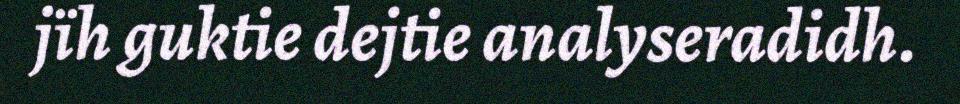
jïh guktie dejtie analyseradidh.